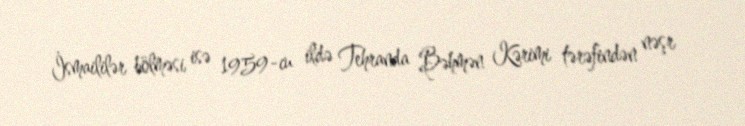
İsmaililər bölməsi isə 1959-cu ildə Tehranda Bəhmən Kərimi tərəfindən nəşr